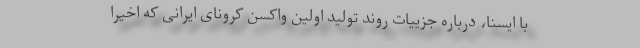
با ایسنا، درباره جزییات روند تولید اولین واکسن کرونای ایرانی که اخیرا